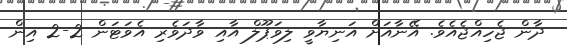
ދާން ޖެހިއްޖެއެވެ. އޭނާއަށް އަނިޔާވީ ލިވަޕޫލް އާއި ވާދަވެރި އެވަޓަން 2-2 އިން